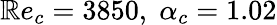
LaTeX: \mathbb{R}e_{c}=3850,\; \alpha_{c}=1.02